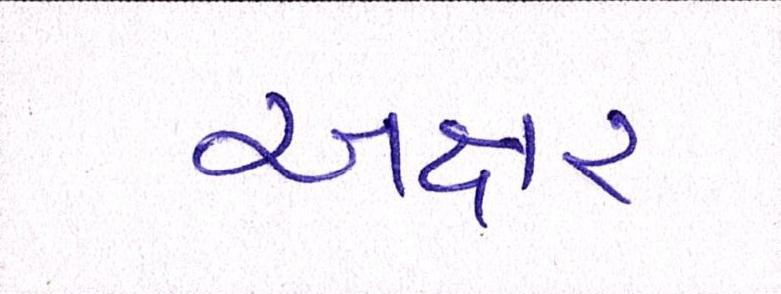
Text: અક્ષર